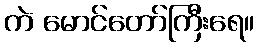
ကဲ မောင်တော်ကြီးရေ။